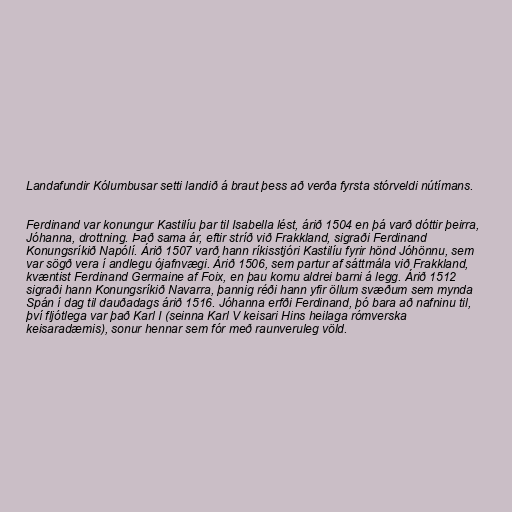
Landafundir Kólumbusar setti landið á braut þess að verða fyrsta stórveldi nútímans.

Ferdinand var konungur Kastilíu þar til Isabella lést, árið 1504 en þá varð dóttir þeirra,
Jóhanna, drottning. Það sama ár, eftir stríð við Frakkland, sigraði Ferdinand
Konungsríkið Napólí. Árið 1507 varð hann ríkisstjóri Kastilíu fyrir hönd Jóhönnu, sem
var sögð vera í andlegu ójafnvægi. Árið 1506, sem partur af sáttmála við Frakkland,
kvæntist Ferdinand Germaine af Foix, en þau komu aldrei barni á legg. Árið 1512
sigraði hann Konungsríkið Navarra, þannig réði hann yfir öllum svæðum sem mynda
Spán í dag til dauðadags árið 1516. Jóhanna erfði Ferdinand, þó bara að nafninu til,
því fljótlega var það Karl I (seinna Karl V keisari Hins heilaga rómverska
keisaradæmis), sonur hennar sem fór með raunveruleg völd.